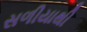
સળીયાથી